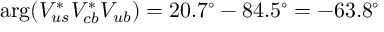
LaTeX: \arg ( V _ { u s } ^ { * } V _ { c b } ^ { * } V _ { u b } ) = 2 0 . 7 ^ { \circ } - 8 4 . 5 ^ { \circ } = - 6 3 . 8 ^ { \circ }